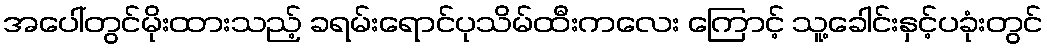
အပေါ်တွင်မိုးထားသည့် ခရမ်းရောင်ပုသိမ်ထီးကလေး ကြောင့် သူ့ခေါင်းနှင့်ပခုံးတွင်